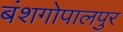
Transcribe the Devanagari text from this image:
बंशगोपालपुर